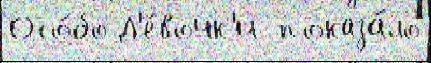
Осо́бо Д'е́вочк'и  показа́ло